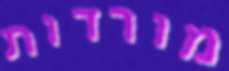
מורדות